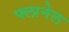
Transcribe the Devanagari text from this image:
फ्लानेल